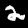
Digit: 2